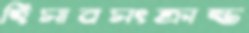
হিসাবসংক্রান্ত